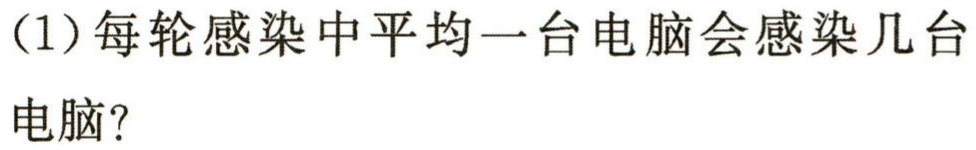
（1）每轮感染中平均一台电脑会感染几台
电脑？